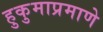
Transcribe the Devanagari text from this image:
हुकुमाप्रमाणे